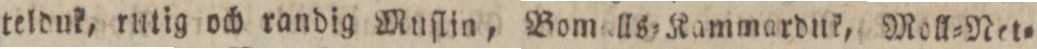
teldnk, rutig och randig Muſlin, Bomalls=Kammarduk, Moll=Net=